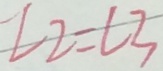
\angle 2 = \angle 3